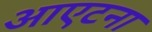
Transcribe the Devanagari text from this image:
आएटना